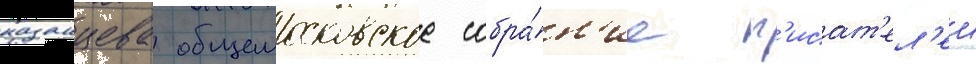
казанцева общемосковское собра́н'ие п'исат'ел'еи